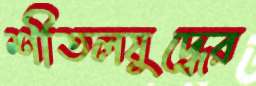
শীতলযুদ্ধের